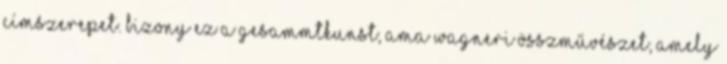
címszerepet. Bizony ez a Gesammtkunst, ama wagneri ÖsszMűvészet, amely